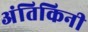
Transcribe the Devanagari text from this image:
अंतिकिनी